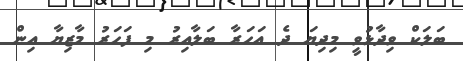
ބަލަކް ވިދާޅުވީ މިދިޔަ ދެ އަހަރާ ބަލާއިރު މި ފަހަރު މާޒިޔާ އިން